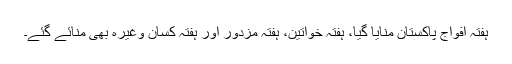
ہفتہ افواجِ پاکستان منایا گیا، ہفتہ خواتین، ہفتہ مزدور اور ہفتہ کسان وغیرہ بھی منائے گئے۔